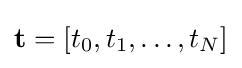
\mathbf {t} =[t_{0},t_{1},\ldots ,t_{N}]